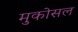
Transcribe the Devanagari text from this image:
मुकोसल